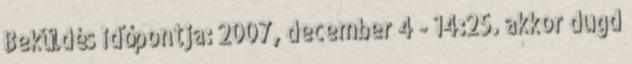
Beküldés időpontja: 2007, december 4 - 14:25. akkor dugd